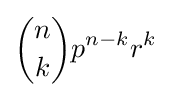
{n \choose k}p^{n-k}r^{k}